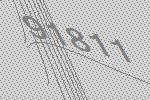
91811